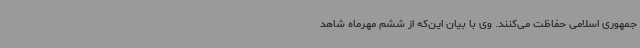
جمهوری اسلامی حفاظت می‌کنند. وی با بیان این‌که از ششم مهرماه شاهد